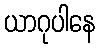
ယာဂုပါနေ